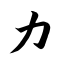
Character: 力